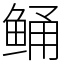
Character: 鲬